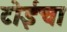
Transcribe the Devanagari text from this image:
टोईचा